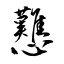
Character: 戁